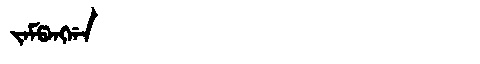
Manchu: ᠵᠠᠮᡦᠠᠩᡤᠠ
Romanization: JAMPANGGA